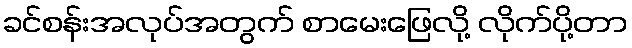
ခင်စန်းအလုပ်အတွက် စာမေးဖြေလို့ လိုက်ပို့တာ